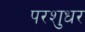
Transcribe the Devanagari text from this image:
परशुधर